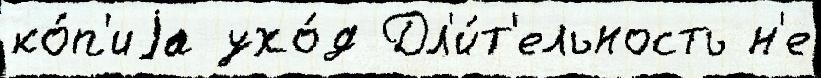
ко́п'иjа ухо́д Дл'и́т'ельность н'е